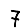
Digit: 7